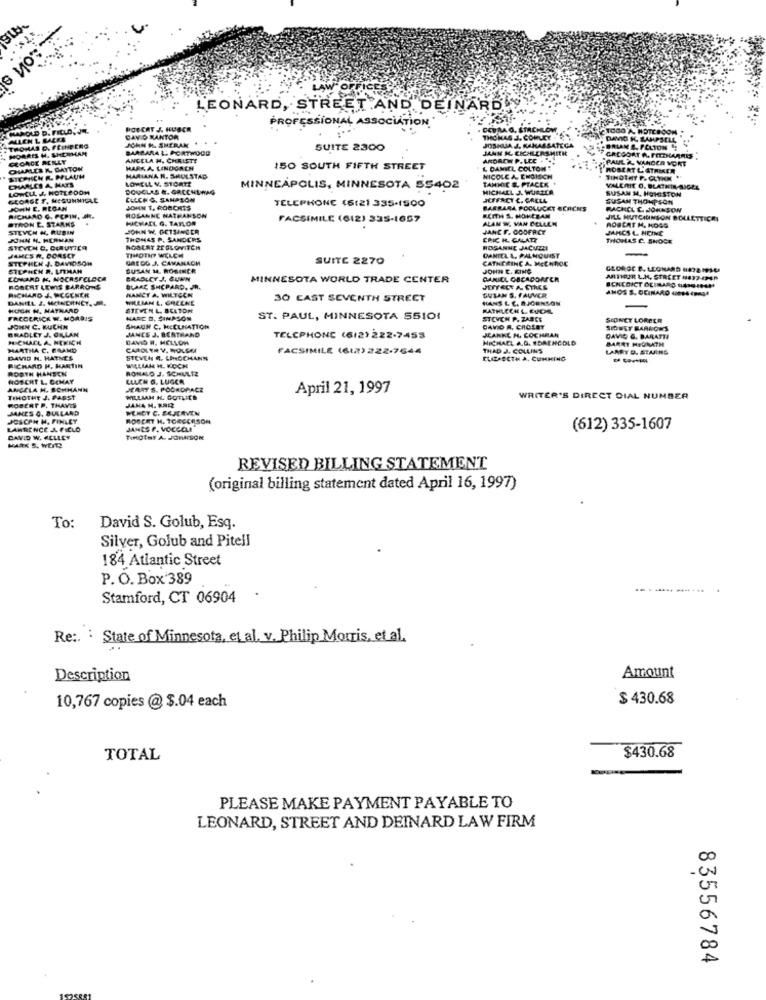
LEONARD, STREET AND DEINARBY
PROFESSIONAL ASSOCIATION *
HAROLD D. FILLO, JE.
ROBERT J. HUBER
DEFRAG, STACHLOW
ALLEN L BARRA
DAN O KANTOR
JOSHUA J. KAHALSATECA
THOMAS J. COMLEY
DAVID K. LAMPSELL
THOMAS D. FEINBERG
JOHN H. SHERAK
BARBARA L. PORTWOOD
SUITE 2300
JANW ML. EICHLERSMITH
BRIAN E. FELTON 1;
GEORGE MELY
ANGELA H, CHRISTI
ANDREW P. LCC .".
GREGOAT R. FITTHARRIS
PAUL & VANDER VORT
CHARLES &. DAYTON
MARKA LINOGACH
150 SOUTH FIFTH STREET
L DANIEL COLTON
ROBERT L. STRIKER
STEPHICH R. PILAUN
MARIANA R. SHUL STAD
LOWELL V. STORT?
TAMMIE S. PTACER
NICOLE A. ENGISCH
TIMOTHY P. GLYKM "
LOWELL J. HOTLEDOM
DOUGLAS #. GRECHEWAG
MINNEAPOLIS, MINNESOTA 55402
MICHAEL J. WURDEA
VALERIE O. BLATKIN-SIGEL
SUSAN M. HOHISTON
GEORGE F. MEGUNNIGLE
CLLCH G. SANPLON
TELEPHONE (5121 335-1500
ICHFACT C. GRELA
SUSAN THOMPSON
JOHN E. REGAN
JOHN T. COUCHES
BARRARA POCLUCKY SERENS
RACHEL C. JOHNSON
RICHARD G. PCPIN, JR.
STRON E. STARKE
ROSANNE NATHANSON
MICHAEL G. TAYLOR
FACSIMILE (612) 335-1657
KEITH S. HOMEBAM
ALAN W. VAN CELLEN
JILL HUTCHINSON BOLLETTICH
STEVCH H, RUBIN
JOHN W. GETSANGER
JAHC F. OOOFACT
BOBCAT H. HOGG
JAHCS L. HEINE
JOHN ML. HERMAN
THOMAS P. SANDERS
ERIC H. GALATT
THOMAS C. SHOCK
STEVEN C. CIAUTICA
ROBLAT TESLOVITCH
ROSANNE JACUZZI
JAMES R. DORSEY
STEPHEN J. DAVIDSON
TIMOTHY WELCH
GREGG J. CAMANACH
SUITE 2270
DANIEL L, PALMQUIST
CATHERINE A. MEt HOC
STEPHEN R. LITMAN
SUSAN M. ROSINER
JOHN C. KING
GEORGE B. LEONARD 1872 IPS-6
LOWARD K, MOCASFCLOCA
BRADLEY J. SUNN
MINNESOTA WORLD TRADE CENTER
DANIEL GBCADORFER
MITHOUR LK, STREET 1877-IP45
ROBERT LEWIS BARRONS
BLANC SHEPARD. JR.
NANCY A. WILTCON
JEFFECT &- CTRLE
GULAN S. FAUVER
ANOS S. OCINARO 40094 (PAG4
ECKCOICT OF MARS 1639 IAN
DANIEL J. MEINERNET. JR.
RICHARD J. PCGENER
WILLIAN L. GREENE
30 CAST SEVENTH STREET
HANS L C. R.JGENSON
HUGH H. MATHARD
STEVEN L. BELTOM
BATHLECH L. EVCIL
FREDERICK W. MORRIS
NARE D. SIMPSON
ST. PAUL, MINNESOTA 55101
STEVEN P. ZABCE
SCONCY LORBER
BRADLEY J. GILLAN
JOHN C. MUCHN
SHAUN C. HEELHATTON
JANES J. BERTRAND
DAVID A. CROLET
JEANKE H. COCHRAN
SIONET BARKOWS
MICHAEL A, HERICH
DAVIS R. MELLOW
TELEPHONE (6(2)222-7455
HECHAEL A.D. EDAENCOLD
DAVID G. BARATTA
BARRY MEDRATH
MARTHA C. BRAND
FACSIMILE (612) 222-7644
THAD J. COLLINS
LARRT D. STARING
DAVID H. HATNES
STEVEN R. LINGCHANT
ELIZABETH A, COMMING
ROSTN HANSEN
RICHARD H. MARTIN
RONALD J. SCHUL12
WILLIAM H. KOCH
HOSCHT L. CCMAY
ELLEN G. LUGER
ANGELA H. BOHMANN
MAAT S. POORDPACZ
April 21, 1997
TIHOTHE J. PASST
ROBERT P. THAVES
JANA H. BAR
WILLIAM H. GOTLITE
WRITER'S DIRECT DIAL NUMBER
JAMES O. BIRLAND
JUSCPH H. FINLEY
ROBERT H. TORCCESON
LAWRENCE & FIELD
JAMES P. VOCCELA
(612) 335-1607
DAVID W. KCLLET
TIMCENT A. JOHNSON
MARK S. WERD
REVISED BILLING STATEMENT
(original billing statement dated April 16, 1997)
To:
David S. Golub, Esq.
Silver, Golub and Pitell
184 Atlantic Street
P. O. Box'389
----- ----.
Stamford, CT 06904
Re: State of Minnesota, etal. v. Philip Morris, et al.
Description
Amount
$ 430.68
10,767 copies @ $.04 each
TOTAL
$430.68
PLEASE MAKE PAYMENT PAYABLE TO
LEONARD, STREET AND DEINARD LAW FIRM
83556784